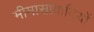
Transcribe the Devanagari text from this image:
मीमासावादियों